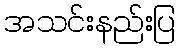
အသင်းနည်းပြ